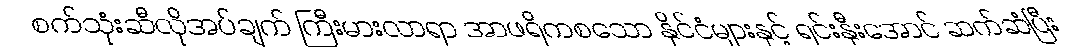
စက်သုံးဆီလိုအပ်ချက် ကြီးမားလာရာ အာဖရိကစသော နိုင်ငံများနှင့် ရင်းနှီးအောင် ဆက်ဆံပြီး